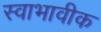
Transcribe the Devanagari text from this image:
स्वाभावीक